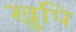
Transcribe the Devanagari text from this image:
खुपि